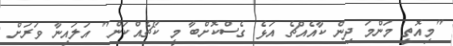
"މިއޮތީ މަންމަ ދިން ކާއެއްޗެ އަޅެ ގެސްކޮށްބާ މީ ކޯޗެއްކަން" އަލައިނާ ވަރަށް